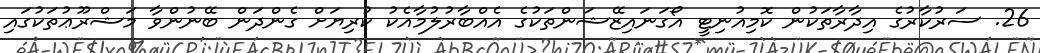
26. ސަރުކާރުގެ އިދާރާތަކުން ކޮމިއުނިޓީ އޯގަނައިޒޭޝަންތަކުގެ އެއްބާރުލުމާއެކު ކުރިޔަށް ގެންދަން ބޭނުންވާ މަޝްރޫޢުތަކުގައި